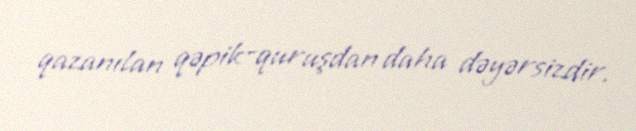
qazanılan qəpik-quruşdan daha dəyərsizdir.